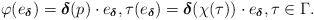
\begin{align*}\varphi (e_{\boldsymbol\delta})=\boldsymbol{\delta} (p)\cdot e_{\boldsymbol\delta}, \tau (e_{\boldsymbol\delta})=\boldsymbol\delta (\chi (\tau))\cdot e_{\boldsymbol\delta},\tau \in \Gamma.\end{align*}